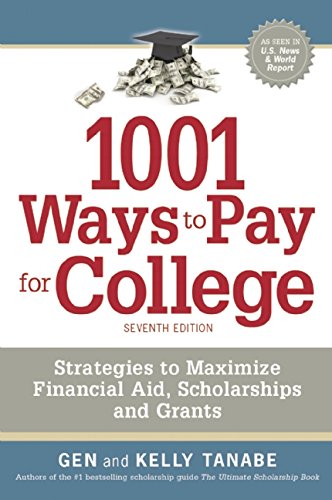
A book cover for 1001 Ways to Pay for College: Strategies to Maximize Financial Aid, Scholarships and Grants; Gen Tanabe; Education & Teaching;